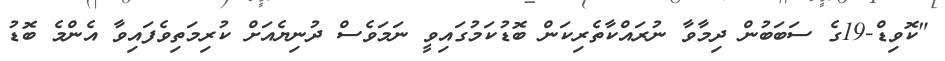
"ކޮވިޑް-19ގެ ސަބަބުން ދިމާވާ ނުރައްކާތެރިކަން ބޮޑުކަމުގައިވީ ނަމަވެސް ދުނިޔެއަށް ކުރިމަތިވެފައިވާ އެންމެ ބޮޑު